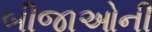
બીજાઓની